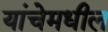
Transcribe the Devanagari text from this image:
यांचेमधील